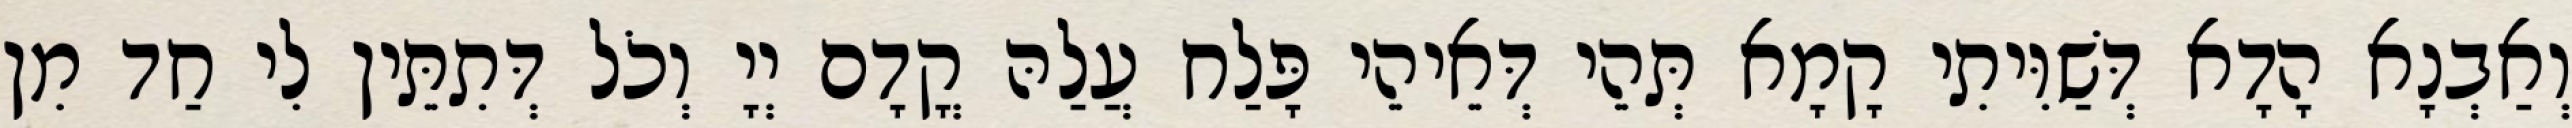
וְאַבְנָא הָדָא דְּשַׁוִּיתִי קָמָא תְּהֵי דְּאֵיהֵי פָּלַח עֲלַהּ קֳדָם יְיָ וְכֹל דְּתִתֵּין לִי חַד מִן